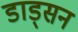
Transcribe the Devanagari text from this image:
डाड्सन